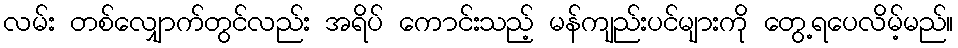
လမ်း တစ်လျှောက်တွင်လည်း အရိပ် ကောင်းသည့် မန်ကျည်းပင်များကို တွေ့ရပေလိမ့်မည်။